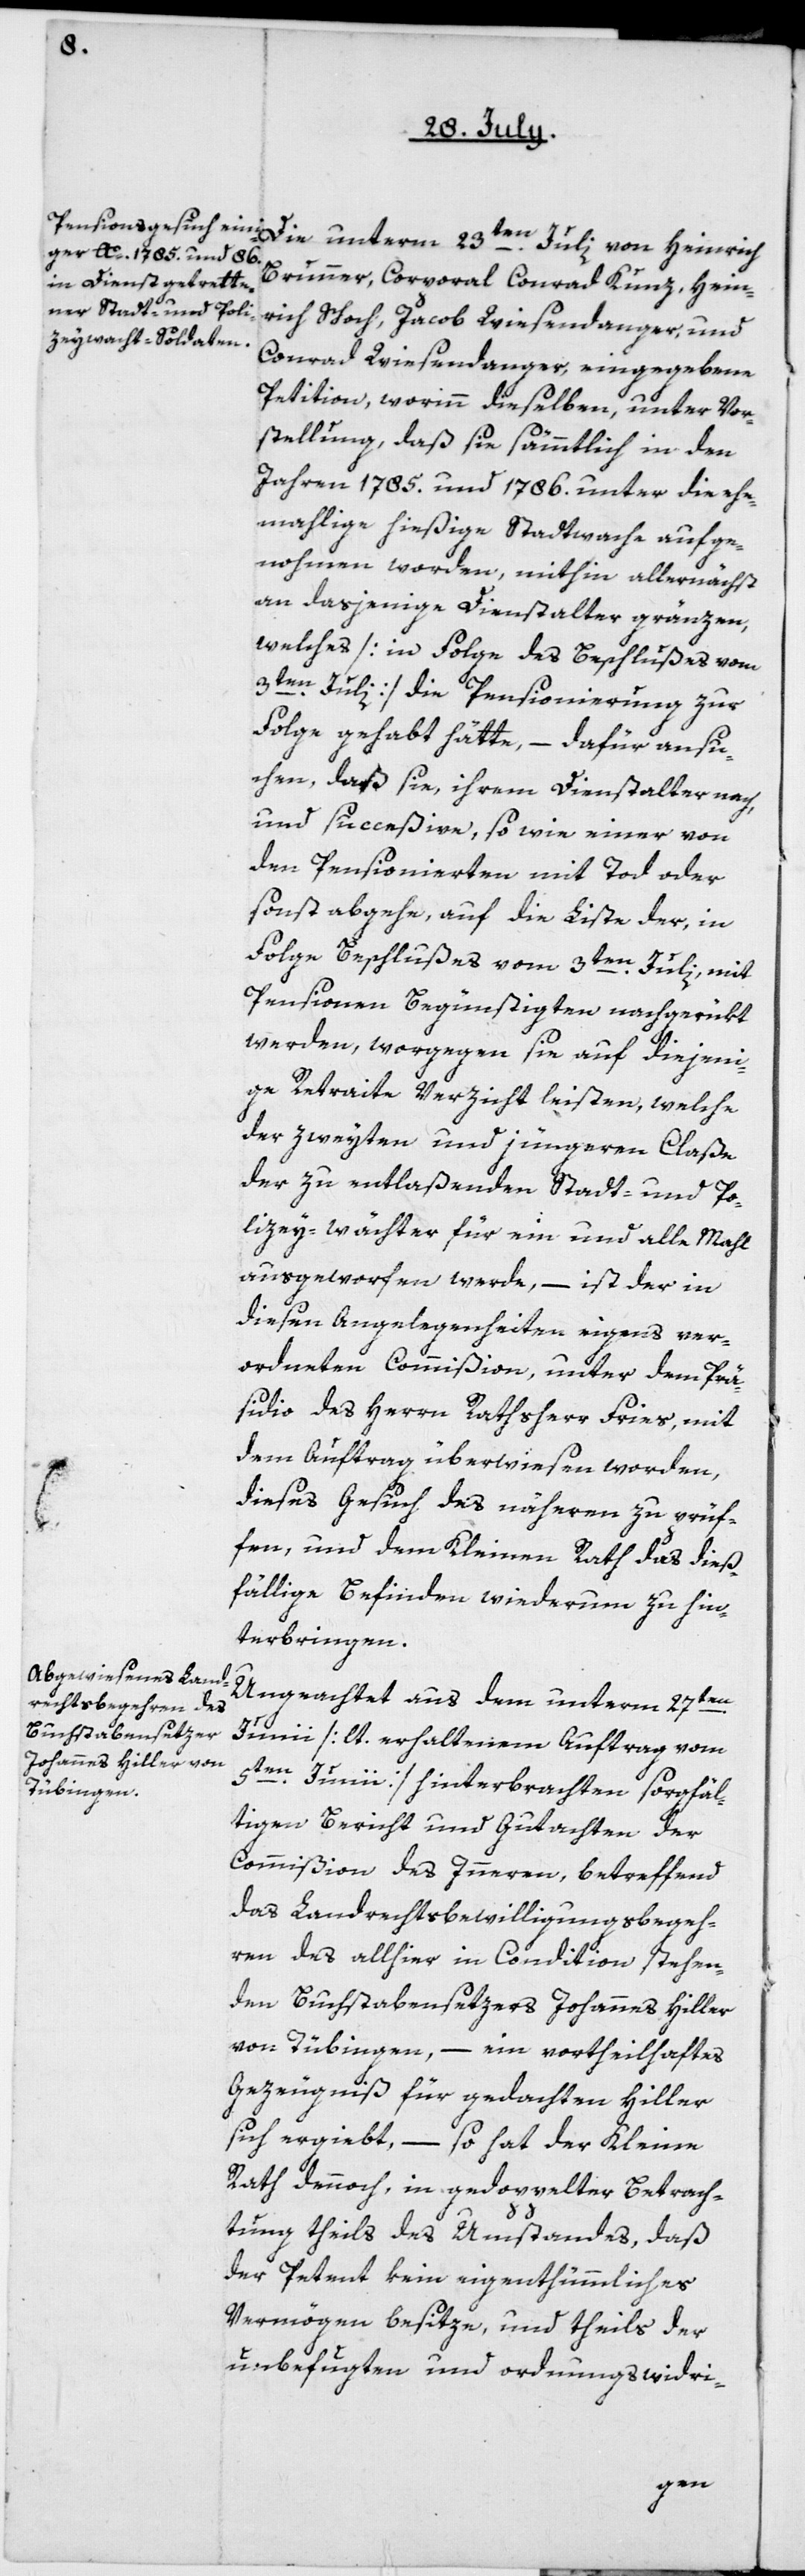
Brunner, Corporal Conrad Kunz, Hein¬
rich Schoch, Jacob Wiesendanger und
Conrad Wiesendanger eingegebene
Petition, worin dieselben, unter Vor¬
stellung, daß sie sämmtlich in den
Jahren 1785 und 1786 unter die ehe¬
mahlige hiesige Stadtwache aufge¬
nommen worden, mithin allernächst
an dasjenige Dienstalter gränzen,
welches [in Folge des Beschlußes vom
3ten Julii] die Pensionierung zur
Folge gehabt hätte, – dafür ansu¬
chen, daß sie, ihrem Dienstalter nach,
und succeßive, so wie einer von
den Pensionierten mit Tod oder
sonst abgehe, auf die Liste der, in
Folge Beschlußes vom 3ten Juli, mit
Pensionen Begünstigten, nachgerükt
werden, worgegen sie auf diejeni¬
ge Retraite Verzicht leisten, welche
der zweyten und jüngeren Claße
der zu entlaßenden Stadt- und Po¬
lizeywächter für ein und alle Mahl
ausgeworfen werde, – ist der in
diesen Angelegenheiten eigens ver¬
ordneten Commißion, unter dem Prä¬
sidio des Herrn Rathsherr Fries, mit
dem Auftrag überwiesen worden,
dieses Gesuch des Nähern zu prüf¬
en, und dem Kleinen Rath das dies¬
fällige Befinden wiederum zu hin¬
terbringen.
Ungeachtet aus dem unterm 27ten
Junii (lt. erhaltenem Auftrag vom
5ten Junii) hinterbrachten sorgfäl¬
tigen Bericht und Gutachten der
Commißion des Innern, betreffend
das Landrechtsbewilligungsbeg-eh¬
ren des allhier in Condition stehen¬
den Buchstabensetzers Johannes Hiller
von Tübingen, – ein vortheilhaftes
Gezeugnis für gedachten Hiller
sich ergiebt, – so hat der Kleine
Rath dennoch, in gedoppelter Betrach¬
tung theils des Umstandes, daß
der Petent kein eigenthümliches
Vermögen besitze, und theils der
unbefugten und ordnungswidri-